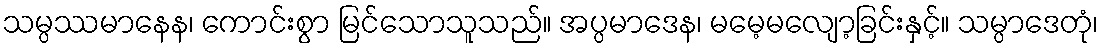
သမ္ပဿမာနေန၊ ကောင်းစွာ မြင်သောသူသည်။ အပ္ပမာဒေန၊ မမေ့မလျော့ခြင်းနှင့်။ သမ္ပာဒေတုံ၊